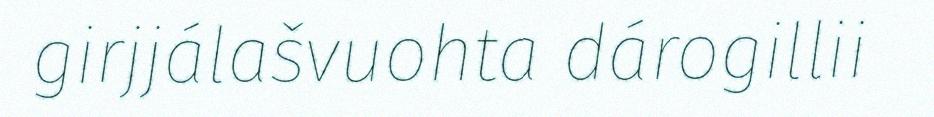
girjjálašvuohta dárogillii